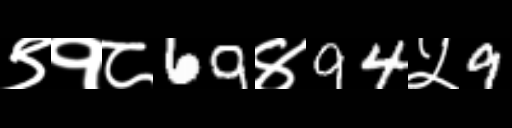
Text: ९१८69४94५9